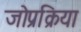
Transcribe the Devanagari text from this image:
जोप्रक्रिया